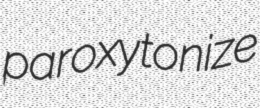
paroxytonize